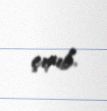
çıxıb.